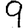
Digit: 9